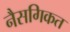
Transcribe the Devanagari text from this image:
नैसगिकत